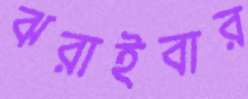
ঝরাইবার